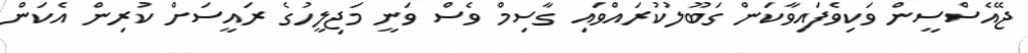
ޖޭއެސްސީން ވަކިވެފައިވާކަން ގަބޫލުކުރައްވައި ގާސިމް ވެސް ވަނީ މަޖިލީހުގެ ރައީސަށް ކުރިން އެކަން